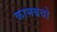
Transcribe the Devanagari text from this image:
कामबवो